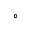
^ \circ